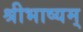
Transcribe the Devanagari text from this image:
श्रीभाष्यम्